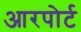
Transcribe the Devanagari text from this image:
आरपोर्ट